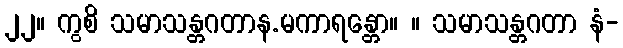
၂၂။ ကွစိ သမာသန္တဂတာန.မကာရန္တော။ ။ သမာသန္တဂတာ နံ-